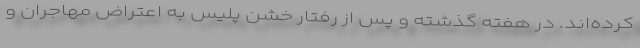
کرده‌اند. در هفته گذشته و پس از رفتار خشن پلیس به اعتراض مهاجران و